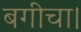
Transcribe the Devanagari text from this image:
बगीचा।